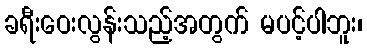
ခရီးဝေးလွန်းသည့်အတွက် မပင့်ပါဘူး၊